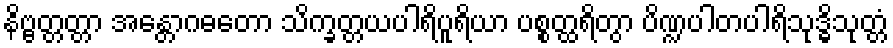
နိဗ္ဗတ္တတ္တာ အန္တောဂဓတော သိက္ခတ္တယပါရိပူရိယာ ပစ္စတ္ထရိတွာ ပိဏ္ဍပါတပါရိသုဒ္ဓိသုတ္တံ